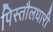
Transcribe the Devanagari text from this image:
पिस्तौलधारी